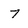
Character: 7